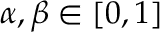
\alpha , \beta \in [ 0 , 1 ]